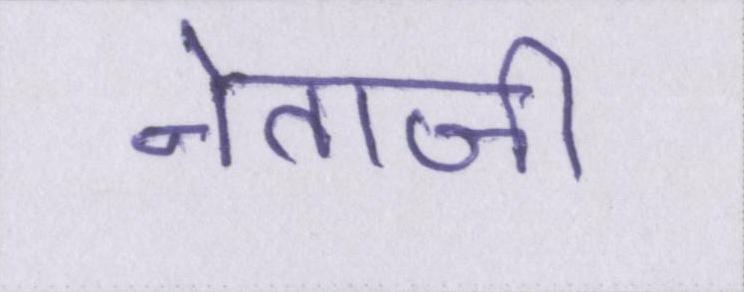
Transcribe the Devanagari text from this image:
नेताजी